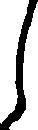
し